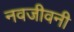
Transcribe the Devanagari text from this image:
नवजीवनी